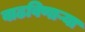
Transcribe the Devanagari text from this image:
वाढविणाऱ्या